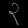
Digit: ၃